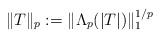
LaTeX: \begin{align*}\|T\|_p:= \|\Lambda_p(|T|)\|_1^{1/p}\end{align*}